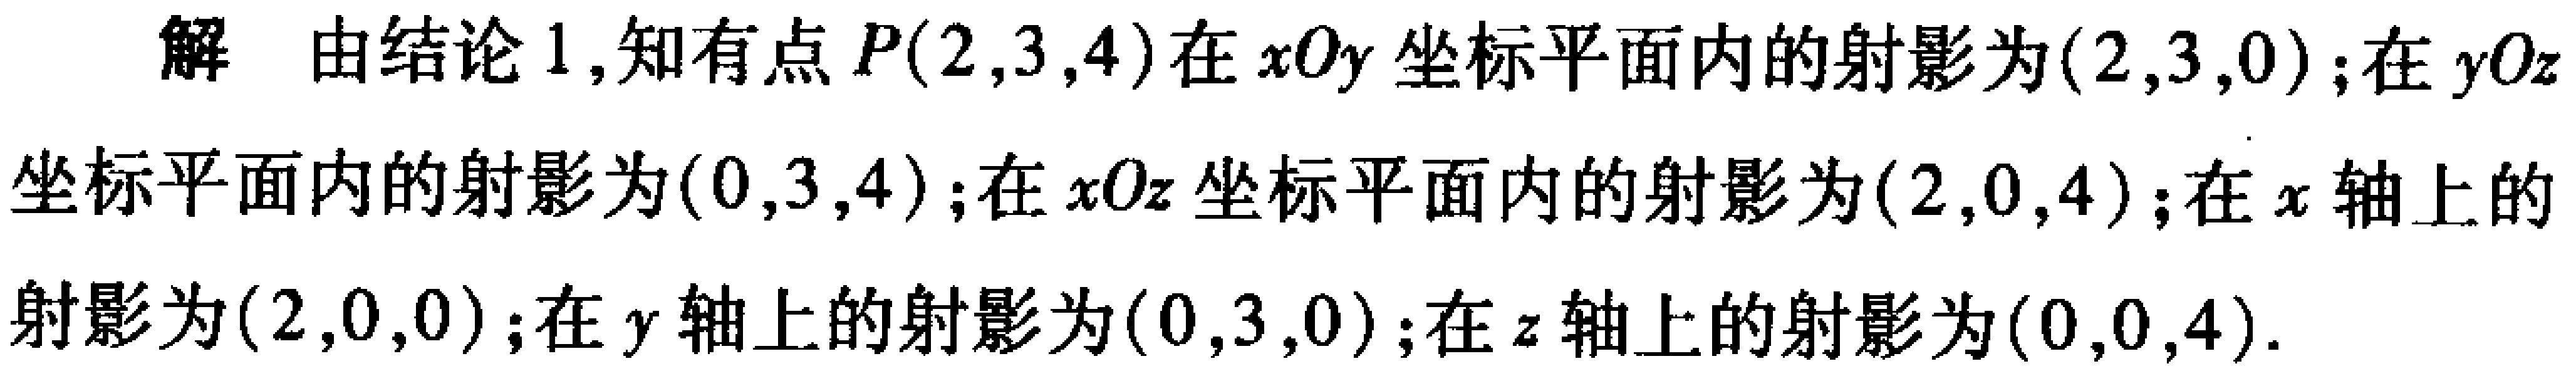
解 由结论 1,知有点\(P(2,3,4)\)在\(xOy\)坐标平面内的射影为\((2,3,0)\);在\(yOz\)坐标平面内的射影为\((0,3,4)\);在\(xOz\)坐标平面内的射影为\((2,0,4)\);在\(x\)轴上的射影为\((2,0,0)\);在\(y\)轴上的射影为\((0,3,0)\);在\(z\)轴上的射影为\((0,0,4)\).